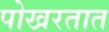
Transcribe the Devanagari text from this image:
पोखरतात